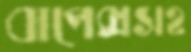
বাপেক্সসহ